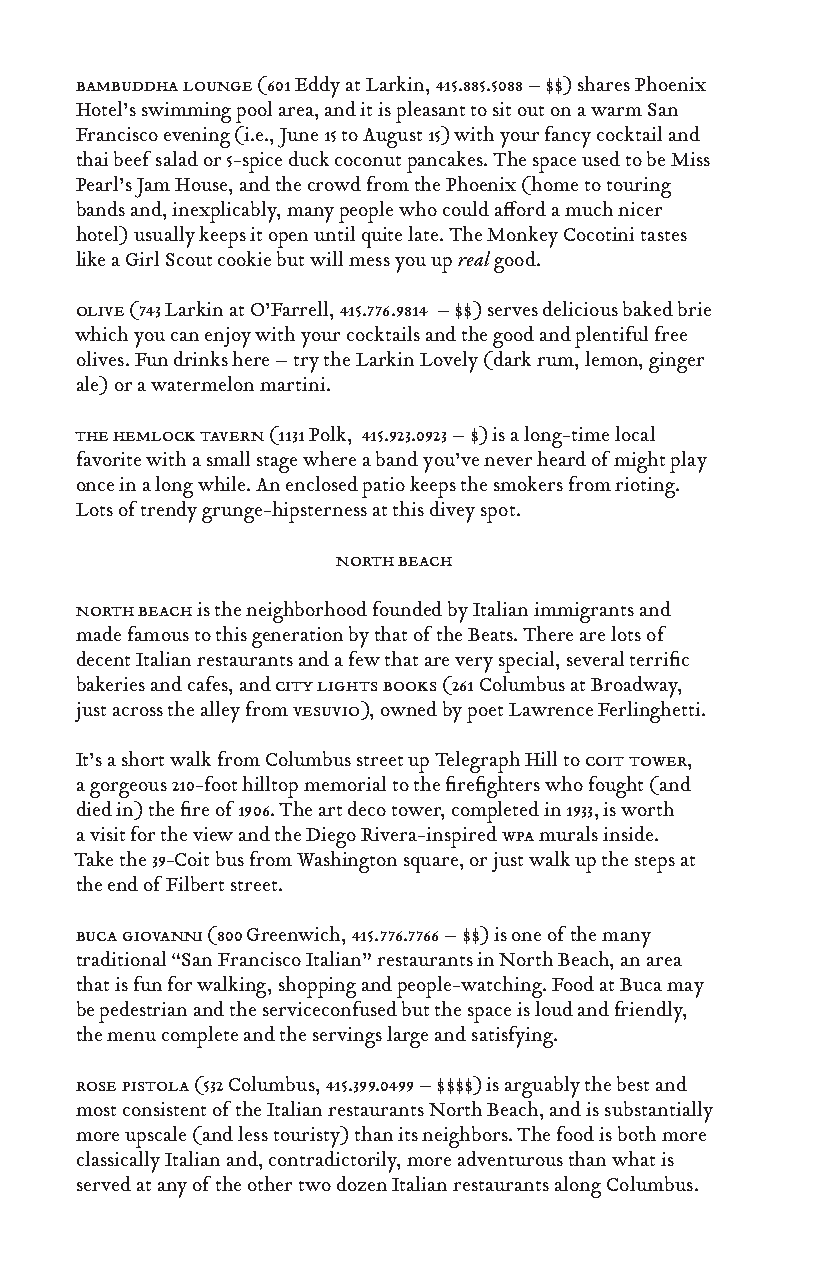
bambuddha lounge (601 Eddy at Larkin, 415.885.5088 – $$) shares Phoenix
 Hotel’s swimming pool area, and it is pleasant to sit out on a warm San
 Francisco evening (i.e., June 15 to August 15) with your fancy cocktail and
 thai beef salad or 5-spice duck coconut pancakes. The space used to be Miss
 Pearl’s Jam House, and the crowd from the Phoenix (home to touring
 bands and, inexplicably, many people who could afford a much nicer
 hotel) usually keeps it open until quite late. The Monkey Cocotini tastes
 like a Girl Scout cookie but will mess you up real good.
 olive (743 Larkin at O’Farrell, 415.776.9814 – $$) serves delicious baked brie
 which you can enjoy with your cocktails and the good and plentiful free
 olives. Fun drinks here – try the Larkin Lovely (dark rum, lemon, ginger
 ale) or a watermelon martini.
 the hemlock tavern (1131 Polk, 415.923.0923 – $) is a long-time local
 favorite with a small stage where a band you’ve never heard of might play
 once in a long while. An enclosed patio keeps the smokers from rioting.
 Lots of trendy grunge-hipsterness at this divey spot.
 north beach
 north beach is the neighborhood founded by Italian immigrants and
 made famous to this generation by that of the Beats. There are lots of
 decent Italian restaurants and a few that are very special, several terrific
 bakeries and cafes, and city lights books (261 Columbus at Broadway,
 just across the alley from vesuvio), owned by poet Lawrence Ferlinghetti.
 It’s a short walk from Columbus street up Telegraph Hill to coit tower,
 a gorgeous 210-foot hilltop memorial to the firefighters who fought (and
 died in) the fire of 1906. The art deco tower, completed in 1933, is worth
 a visit for the view and the Diego Rivera-inspired wpa murals inside.
 Take the 39-Coit bus from Washington square, or just walk up the steps at
 the end of Filbert street.
 buca giovanni (800 Greenwich, 415.776.7766 – $$) is one of the many
 traditional “San Francisco Italian” restaurants in North Beach, an area
 that is fun for walking, shopping and people-watching. Food at Buca may
 be pedestrian and the serviceconfused but the space is loud and friendly,
 the menu complete and the servings large and satisfying.
 rose pistola (532 Columbus, 415.399.0499 – $$$$) is arguably the best and
 most consistent of the Italian restaurants North Beach, and is substantially
 more upscale (and less touristy) than its neighbors. The food is both more
 classically Italian and, contradictorily, more adventurous than what is
 served at any of the other two dozen Italian restaurants along Columbus.